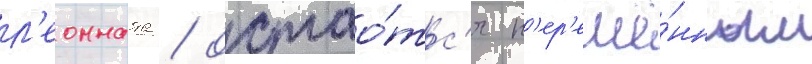
л'еонната / остао́тс'я н'ер'ешё́нным